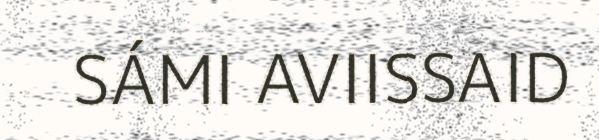
SÁMI AVIISSAID